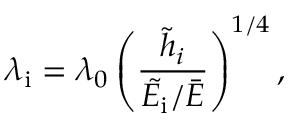
\lambda _ { \mathrm { i } } = \lambda _ { 0 } \left( \frac { \tilde { h } _ { i } } { \tilde { E _ { \mathrm { i } } } / \bar { E } } \right) ^ { 1 / 4 } ,